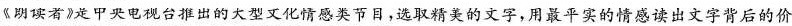
《明侯者》是中央电视台推出的大型文化情感类节目，选取精美的文字，用最平实的情感读出文字背后的价